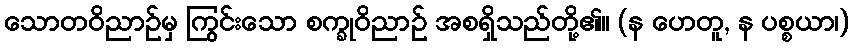
သောတဝိညာဉ်မှ ကြွင်းသော စက္ခုဝိညာဉ် အစရှိသည်တို့၏။ (န ဟေတူ, န ပစ္စယာ၊)